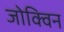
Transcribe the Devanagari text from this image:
जोक्विन